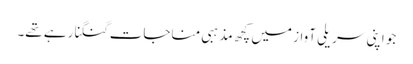
جو اپنی سریلی آواز میں کچھ مذہبی مناجات گنگنا رہے تھے۔